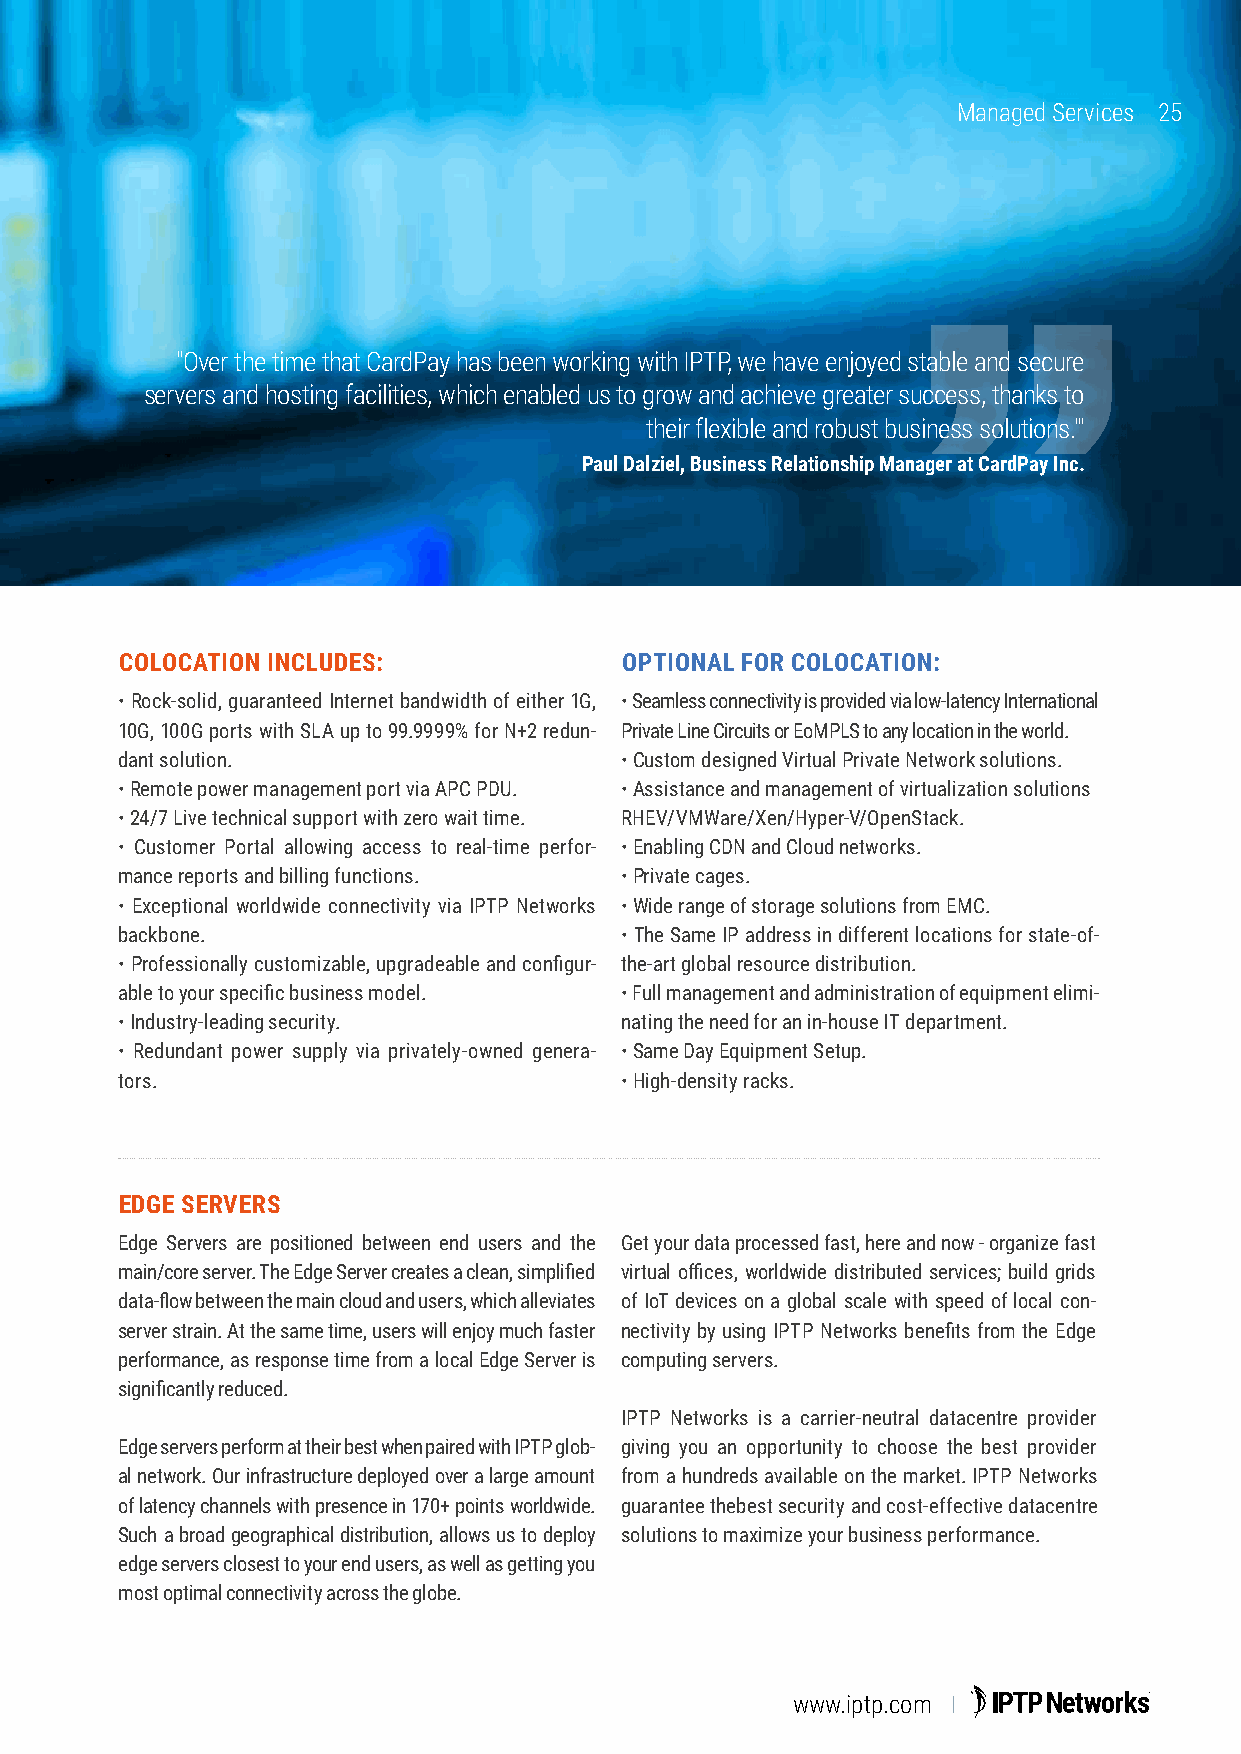
Managed Services 2255
 "Over the time that CardPay has been working with IPTP, we have enjoyed stable and secure
 servers and hosting facilities, which enabled us to grow and achieve greater success, thanks to
 their flexible and robust business solutions."'
 Paul Dalziel, Business Relationship Manager at CardPay Inc.
 COLOCATION INCLUDES:             OPTIONAL FOR COLOCATION:
 • Rock-solid, guaranteed Internet bandwidth of either 1G, • Seamless connectivity is provided via low-latency International
 10G, 100G ports with SLA up to 99.9999% for N+2 redun- Private Line Circuits or EoMPLS to any location in the world.
 dant solution.                   • Custom designed Virtual Private Network solutions.
 • Remote power management port via APC PDU. • Assistance and management of virtualization solutions
 • 24/7 Live technical support with zero wait time. RHEV/VMWare/Xen/Hyper-V/OpenStack.
 • Customer Portal allowing access to real-time perfor- • Enabling CDN and Cloud networks.
 mance reports and billing functions. • Private cages.
 • Exceptional worldwide connectivity via IPTP Networks • Wide range of storage solutions from EMC.
 backbone.                        • The Same IP address in different locations for state-of-
 • Professionally customizable, upgradeable and configur- the-art global resource distribution.
 able to your specific business model. • Full management and administration of equipment elimi-
 • Industry-leading security.     nating the need for an in-house IT department.
 • Redundant power supply via privately-owned genera- • Same Day Equipment Setup.
 tors.                            • High-density racks.
 EDGE SERVERS
 Edge Servers are positioned between end users and the Get your data processed fast, here and now - organize fast
 main/core server. The Edge Server creates a clean, simplified virtual offices, worldwide distributed services; build grids
 data-flow between the main cloud and users, which alleviates of IoT devices on a global scale with speed of local con-
 server strain. At the same time, users will enjoy much faster nectivity by using IPTP Networks benefits from the Edge
 performance, as response time from a local Edge Server is computing servers.
 significantly reduced.
 IPTP Networks is a carrier-neutral datacentre provider
 Edge servers perform at their best when paired with IPTP glob- giving you an opportunity to choose the best provider
 al network. Our infrastructure deployed over a large amount from a hundreds available on the market. IPTP Networks
 of latency channels with presence in 170+ points worldwide. guarantee thebest security and cost-effective datacentre
 Such a broad geographical distribution, allows us to deploy solutions to maximize your business performance.
 edge servers closest to your end users, as well as getting you
 most optimal connectivity across the globe.
 www.iptp.com